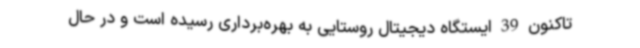
تاکنون 39 ایستگاه دیجیتال روستایی به بهره‌برداری رسیده است و در حال